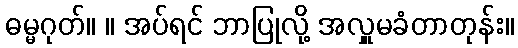
ဓမ္မဂုတ်။ ။ အပ်ရင် ဘာပြုလို့ အလှူမခံတာတုန်း။